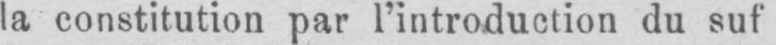
la constitution par l’introduction du suf